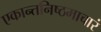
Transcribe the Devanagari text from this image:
एकान्तनिष्ठमाचारं